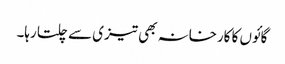
گائوں کا کارخانہ بھی تیزی سے چلتا رہا۔